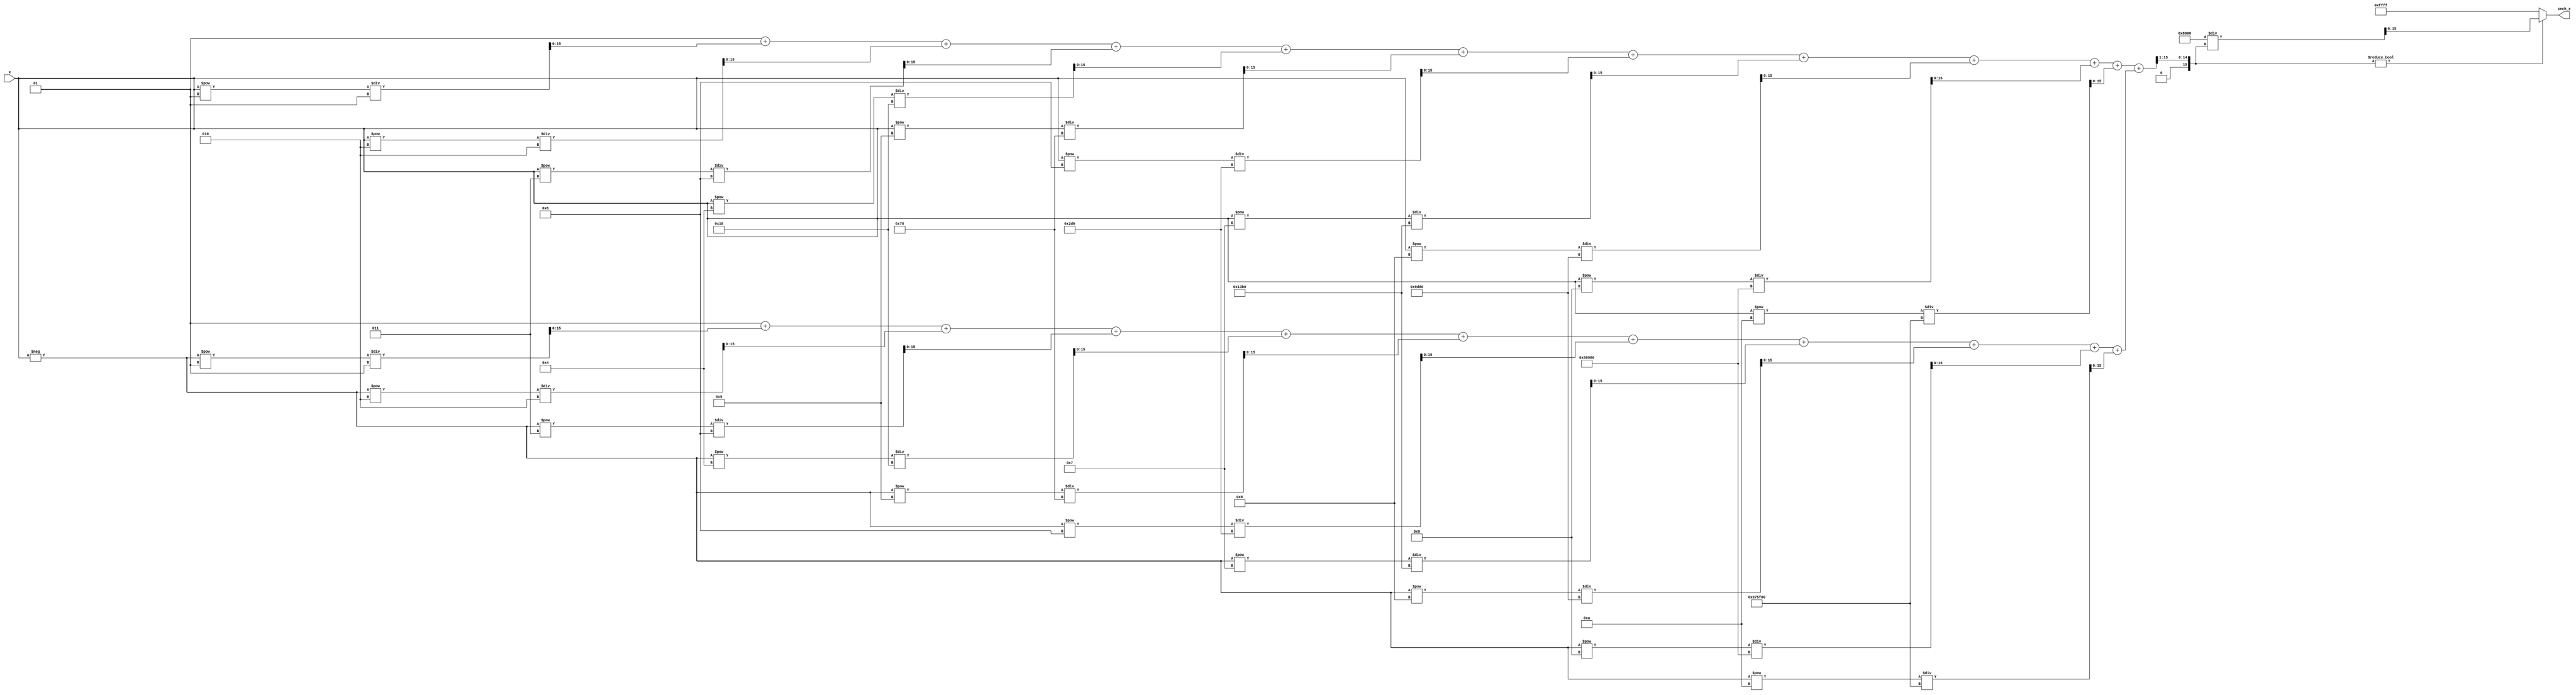
module hyperbolic_secant (
    input wire signed [15:0] x,        // Input x in fixed-point format (Q1.15)
    output reg signed [15:0] sech_x     // Output sech(x) in fixed-point format (Q1.15)
);

    // Intermediate signals
    wire signed [15:0] exp_x;           // e^x
    wire signed [15:0] exp_neg_x;       // e^(-x)
    wire signed [15:0] cosh_x;          // cosh(x)

    // Exponential function (simple approximation)
    function signed [15:0] exp_function;
        input signed [15:0] value;
        reg signed [15:0] result;
        integer i;
        begin
            result = 16'h0001; // e^0 = 1
            for (i = 1; i <= 10; i = i + 1) begin // Simple Taylor series expansion
                result = result + (value ** i) / factorial(i);
            end
            exp_function = result;
        end
    endfunction

    // Factorial function
    function integer factorial;
        input integer n;
        integer i;
        begin
            factorial = 1;
            for (i = 1; i <= n; i = i + 1) begin
                factorial = factorial * i;
            end
        end
    endfunction

    // Compute e^x and e^(-x)
    assign exp_x = exp_function(x);
    assign exp_neg_x = exp_function(-x);

    // Compute cosh(x)
    assign cosh_x = (exp_x + exp_neg_x) >> 1; // cosh(x) = (e^x + e^(-x)) / 2

    // Compute sech(x) = 1 / cosh(x)
    always @(*) begin
        if (cosh_x != 0) begin
            sech_x = (1 << 15) / cosh_x; // Q1.15 format
        end else begin
            sech_x = 16'hFFFF; // Handle division by zero (return NaN or max value)
        end
    end

endmodule